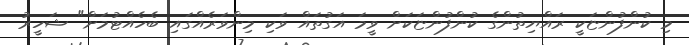
މި ކުންފުންޏަކީ ރައްޔިތުންގެ ކުންފުންޏަކަށް ވީމަ އަގުތައް ވަކި މިންވަރެއްގައި ބެހެއްޓުމަށް" ޝަހީރު